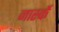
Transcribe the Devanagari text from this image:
नार्स्के